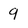
Character: g